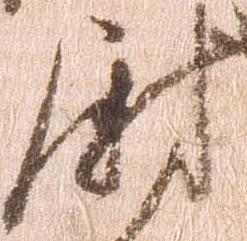
尉